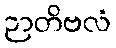
ဉာတိဗလံ